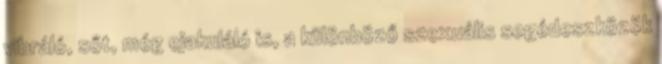
vibráló, sőt, még ejakuláló is, a különböző szexuális segédeszközök